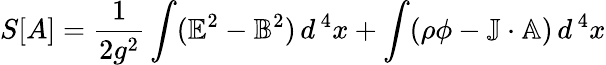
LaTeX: S[A]={\frac{1}{2g^{2}}}\int(\mathbb{E}^{2}-\mathbb{B}^{2})\, d^{\, 4}x+\int(\rho\phi-\mathbb{J}\cdot\mathbb{A})\, d^{\, 4}x